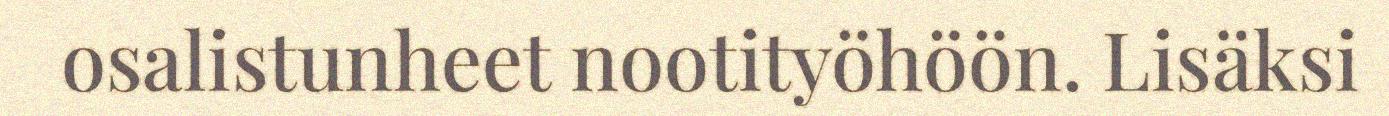
osalistunheet nootityöhöön. Lisäksi